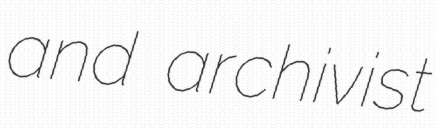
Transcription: and archivist